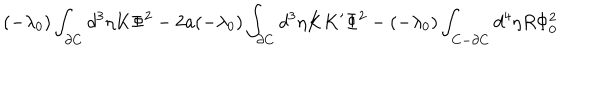
( - \lambda _ { 0 } ) \int _ { \partial C } d ^ { 3 } \eta K \Phi ^ { 2 } - 2 a ( - \lambda _ { 0 } ) \int _ { \partial C } d ^ { 3 } \eta K K ^ { \prime } \Phi ^ { 2 } - ( - \lambda _ { 0 } ) \int _ { C - \partial C } d ^ { 4 } \eta R \Phi _ { 0 } ^ { 2 }